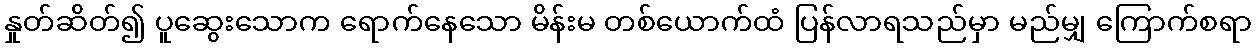
နှုတ်ဆိတ်၍ ပူဆွေးသောက ရောက်နေသော မိန်းမ တစ်ယောက်ထံ ပြန်လာရသည်မှာ မည်မျှ ကြောက်စရာ